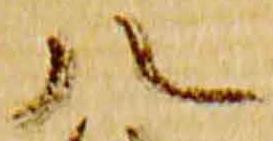
八